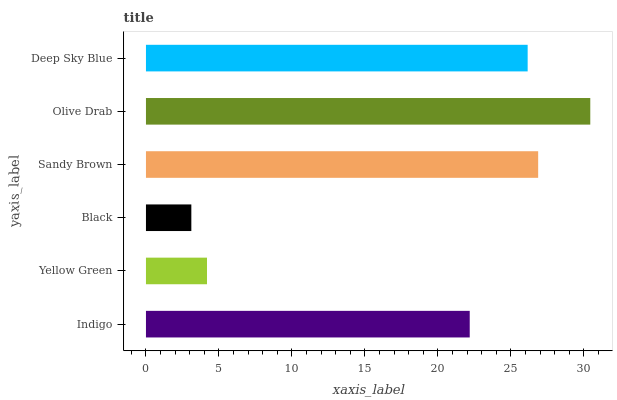
| yaxis_label | bars |
 | --- | --- |
 | Indigo | 22.2 |
 | Yellow Green | 4.18 |
 | Black | 3.11 |
 | Sandy Brown | 26.9 |
 | Olive Drab | 30.4 |
 | Deep Sky Blue | 26.2 |